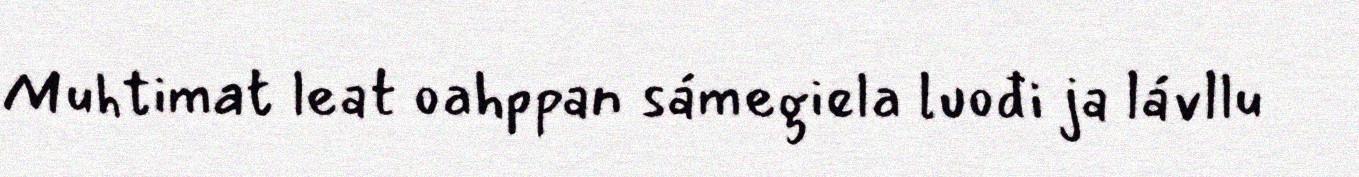
Muhtimat leat oahppan sámegiela luođi ja lávllu